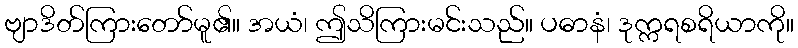
ဗျာဒိတ်ကြားတော်မူ၏။ အယံ၊ ဤသိကြားမင်းသည်။ ပဓာနံ၊ ဒုက္ကရစရိယာကို။